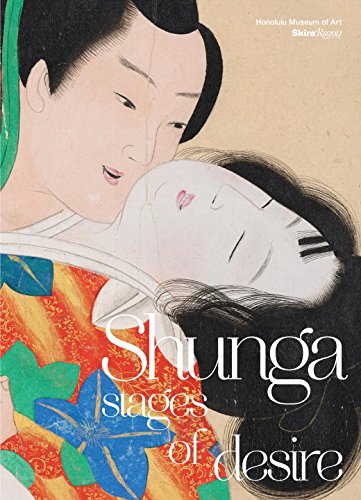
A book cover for Shunga: Stages of Desire; Shawn Eichman; Arts & Photography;